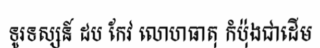
ទូរទស្សន៍ ដប កែវ លោហធាតុ កំប៉ុងជាដើម